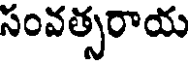
సంవత్సరాయ